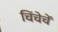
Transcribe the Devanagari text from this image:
चिंचेचें